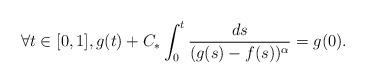
LaTeX: \begin{align*} \forall t \in [0,1], g(t) + C_* \int_0^t \frac{ds}{(g(s) - f(s))^\alpha} = g(0).\end{align*}